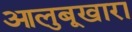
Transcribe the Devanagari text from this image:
आलुबूखारा